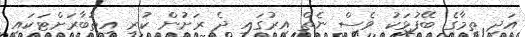
އަދި ތިމާގެ ބޭފުޅަކު ވެސް ނެތް އިރުގައި ދެ ރަށުން ކުރި އިތުބާރަށްޓަކައި